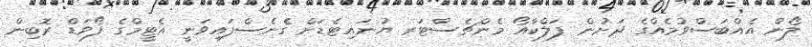
ލޯން އެއްބަސްވުމެއްގެ ދަށުން ފަލްކާއޯ މެންޗެސްޓަރ ޔުނައިޓެޑަށް ގެނެސްފައިވަނީ އެޓީމްގެ ފޯވަޑް ރޮބިން